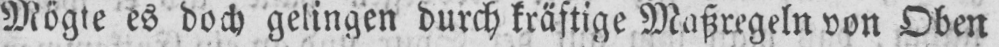
Mögte es doch gelingen durch kräftige Maßregeln von Oben